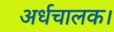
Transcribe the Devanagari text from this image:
अर्धचालक।